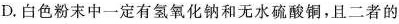
D.白色粉末中一定有氢氧化钠和无水硫酸铜，且二者的